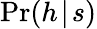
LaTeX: \operatorname*{Pr}(h\! \mid\! s)